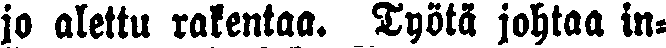
jo alettu rakentaa. Työtä johtaa in-